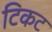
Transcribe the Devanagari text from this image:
टिकट